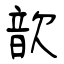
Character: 歆